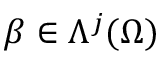
\beta \in \Lambda ^ { j } ( \Omega )